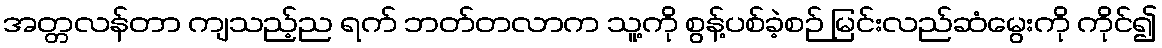
အတ္တလန်တာ ကျသည့်ည ရက် ဘတ်တလာက သူ့ကို စွန့်ပစ်ခဲ့စဉ် မြင်းလည်ဆံမွေးကို ကိုင်၍